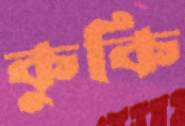
কুকি